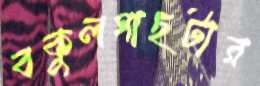
বকুলগাছটার